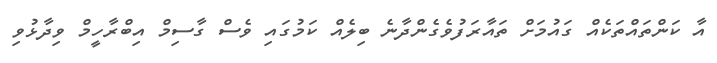
އާ ކަންތައްތަކެއް ގައުމަށް ތައާރަފުވެގެންދާނެ ބިލެއް ކަމުގައި ވެސް ގާސިމް އިބްރާހީމް ވިދާޅުވި